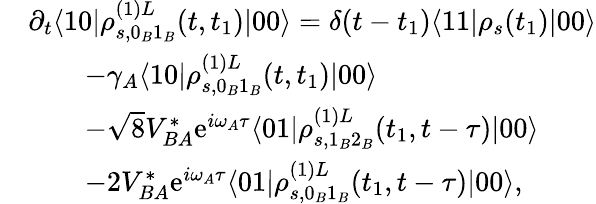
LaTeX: \begin{array}{rl}&{\partial_{t}\langle 10|\rho_{s,0_{B}1_{B}}^{(1)L}(t,t_{1})|00\rangle=\delta(t-t_{1})\langle 11|\rho_{s}(t_{1})|00\rangle}\\ &{\qquad-\gamma_{A}\langle 10|\rho_{s,0_{B}1_{B}}^{(1)L}(t,t_{1})|00\rangle}\\ &{\qquad-\sqrt{8}V_{BA}^{*}\mathrm{e}^{i\omega_{A}\tau}\langle 01|\rho_{s,1_{B}2_{B}}^{(1)L}(t_{1},t-\tau)|00\rangle}\\ &{\qquad-2V_{BA}^{*}\mathrm{e}^{i\omega_{A}\tau}\langle 01|\rho_{s,0_{B}1_{B}}^{(1)L}(t_{1},t-\tau)|00\rangle,}\end{array}